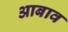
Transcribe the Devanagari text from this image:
आबाव